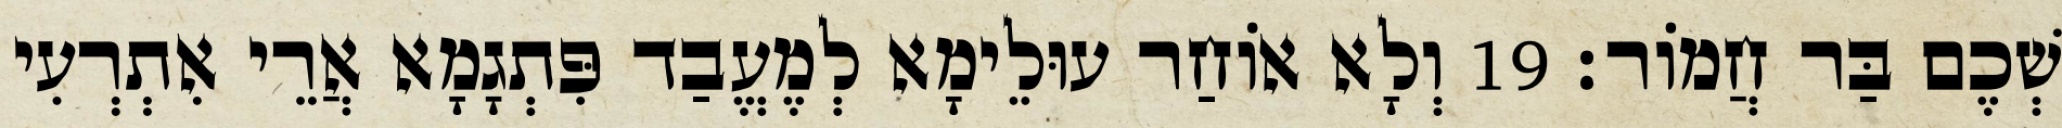
שְׁכֶם בַּר חֲמוֹר׃ 19 וְלָא אוֹחַר עוּלֵימָא לְמֶעֱבַד פִּתְגָמָא אֲרֵי אִתְרְעִי